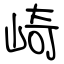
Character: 崎